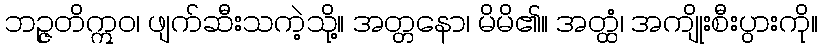
ဘဉ္ဇတိဣဝ၊ ဖျက်ဆီးသကဲ့သို့။ အတ္တနော၊ မိမိ၏။ အတ္ထံ၊ အကျိုးစီးပွားကို။